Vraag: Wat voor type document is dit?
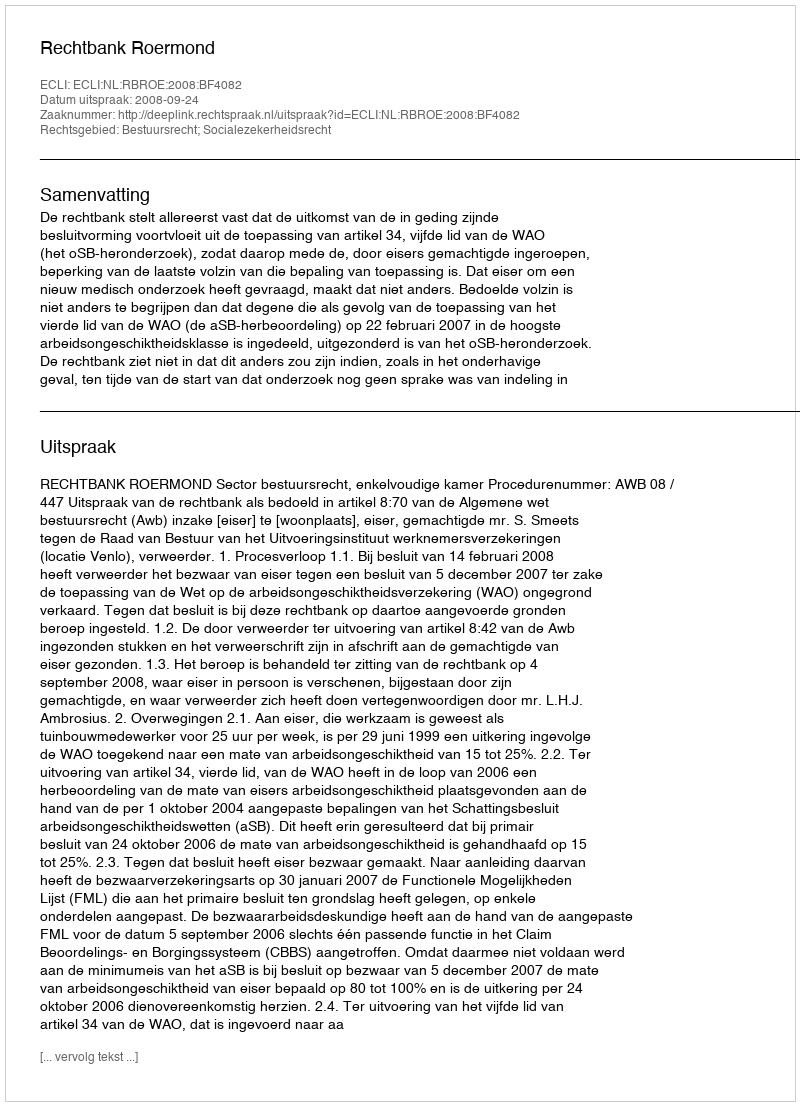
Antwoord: Uitspraak